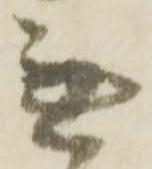
無